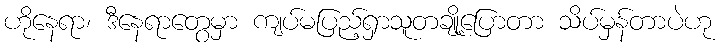
ဟိုနေရာ၊ ဒီနေရာတွေမှာ ကျပ်မပြည့်ရှာသူတချို့ပြောတာ သိပ်မှန်တာပဲဟု